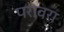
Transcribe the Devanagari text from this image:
परावरा